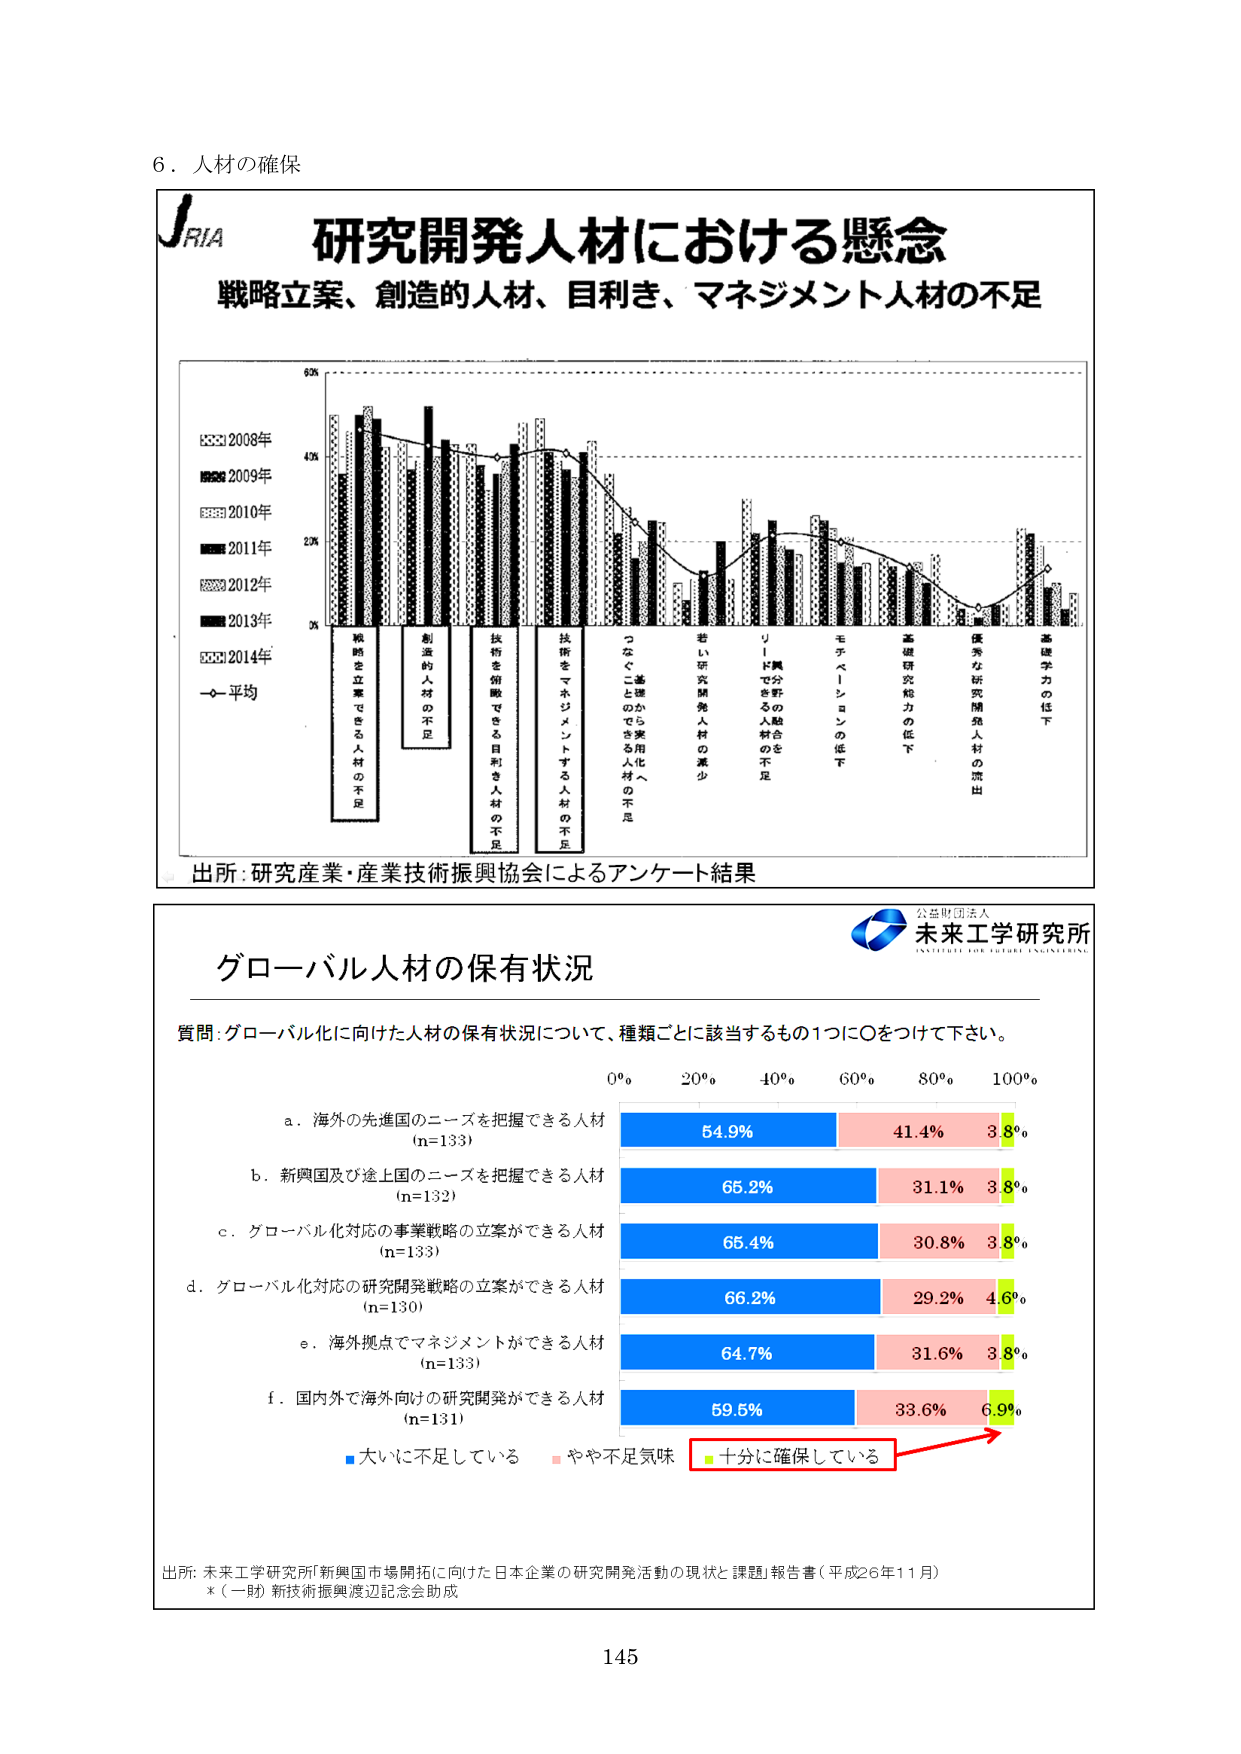
6．人材の確保

JRIA
研究開発人材における懸念
戦略立案、創造的人材、目利き、マネジメント人材の不足

2008年
2009年
2010年
2011年
2012年
2013年
2014年
平均

戦略を立案できる人材の不足
創造的人材の不足
技術を俯瞰できる目利き人材の不足
技術をマネジメントする人材の不足
つなぐことから始める人材の不足
若い研究開発人材の減少
リードで分野を融合する人材の不足
モチベーションの低下
基礎研究能力の低下
優秀な研究開発人材の流出
基礎学力の低下

出所：研究産業・産業技術振興協会によるアンケート結果

公益財団法人
未来工学研究所
INSTITUTE FOR FUTURE ENGINEERING

グローバル人材の保有状況

質問：グローバル化に向けた人材の保有状況について、種類ごとに該当するもの1つに○をつけて下さい。

0% 20% 40% 60% 80% 100%

a．海外の先進国のニーズを把握できる人材
(n=133)
54.9% 41.4% 3.8%

b．新興国及び途上国のニーズを把握できる人材
(n=132)
65.2% 31.1% 3.8%

c．グローバル化対応の事業戦略の立案ができる人材
(n=133)
65.4% 30.8% 3.8%

d．グローバル化対応の研究開発戦略の立案ができる人材
(n=130)
66.2% 29.2% 4.6%

e．海外拠点でマネジメントができる人材
(n=133)
64.7% 31.6% 3.8%

f．国内外で海外向けの研究開発ができる人材
(n=131)
59.5% 33.6% 6.9%

■大いに不足している ■やや不足気味 ■十分に確保している

出所：未来工学研究所「新興国市場開拓に向けた日本企業の研究開発活動の現状と課題」報告書（平成26年11月）
※（一財）新技術振興渡辺記念会助成

145